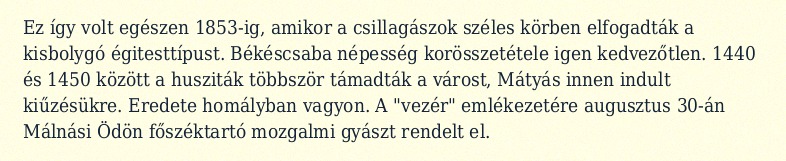
Ez így volt egészen 1853-ig, amikor a csillagászok széles körben elfogadták a kisbolygó égitesttípust. Békéscsaba népesség korösszetétele igen kedvezőtlen. 1440 és 1450 között a husziták többször támadták a várost, Mátyás innen indult kiűzésükre. Eredete homályban vagyon. A "vezér" emlékezetére augusztus 30-án Málnási Ödön főszéktartó mozgalmi gyászt rendelt el.